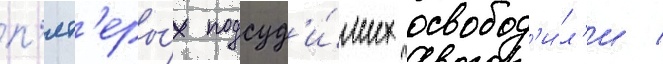
п'ят'еры́х подсуд'и́мых освобод'и́л'и /